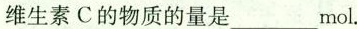
维生素C的物质的量是___mol.